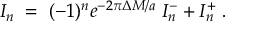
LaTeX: { \cal I } _ { n } \; = \; ( - 1 ) ^ { n } e ^ { - 2 \pi \Delta M / a } \; { \cal I } _ { n } ^ { - } + { \cal I } _ { n } ^ { + } \; .